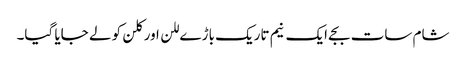
شام سات بجے ایک نیم تاریک باڑے للن اور کلن کو لے جایا گیا۔